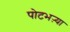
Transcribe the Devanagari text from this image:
पोटभऱ्या